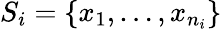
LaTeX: S_{i}=\{ x_{1},\dots,x_{n_{i}}\}